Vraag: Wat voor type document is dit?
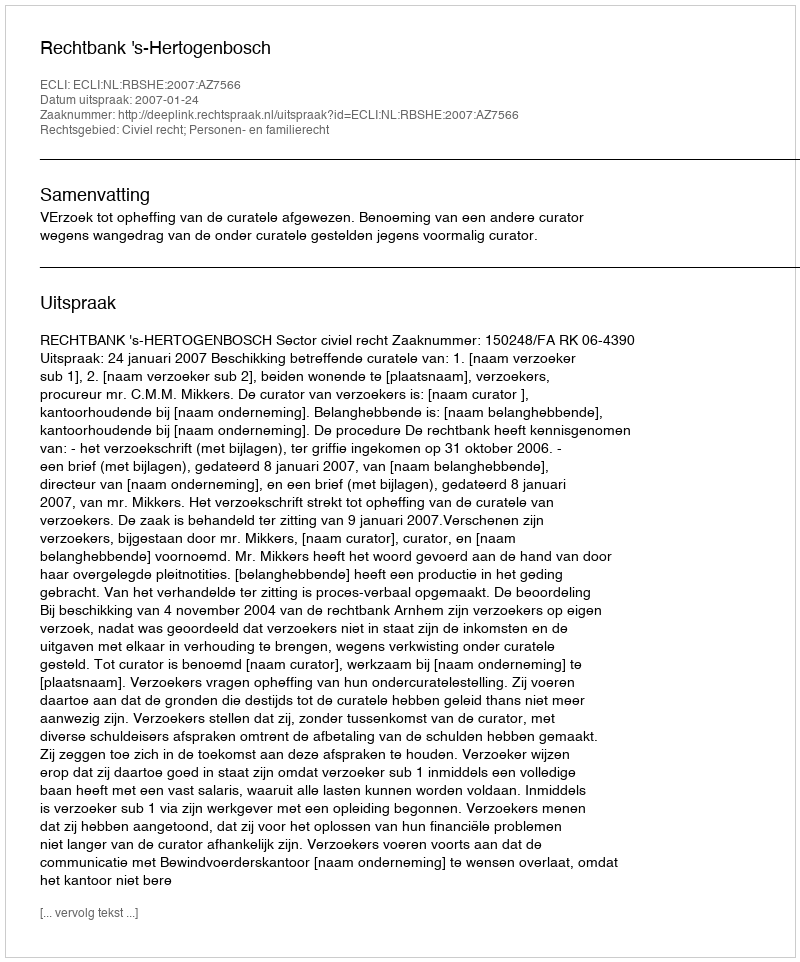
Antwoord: Uitspraak